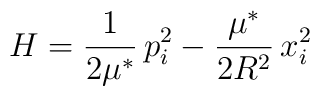
H=\frac{1}{2\mu^{*}}\,p_{i}^{2}-\frac{\mu^{*}}{2R^{2}}\,x_{i}^{2}